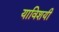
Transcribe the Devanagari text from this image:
याविशयी